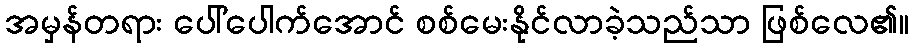
အမှန်တရား ပေါ်ပေါက်အောင် စစ်မေးနိုင်လာခဲ့သည်သာ ဖြစ်လေ၏။